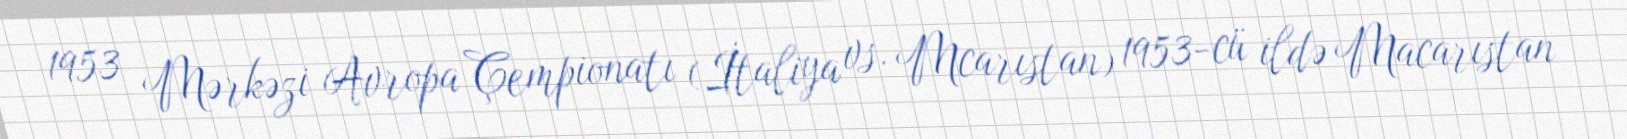
1953 Mərkəzi Avropa Çempionatı (İtaliya vs. Mcarıstan) 1953-cü ildə Macarıstan